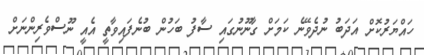
ހައްޔަރުކޮށް އަދަބު ނުދެވޭނެ ކަމަށް ގާނޫނުގައި ސާފު ބަހުން ބުނެފައިވާތީ އެއީ ނޫސްވެރިންނަށް